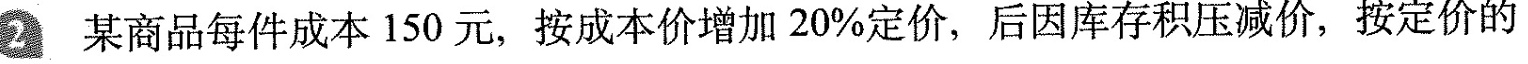
2 某商品每件成本150元，按成本价增加20\%定价，后因库存积压减价，按定价的